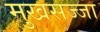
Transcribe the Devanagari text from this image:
मुखसज्जा